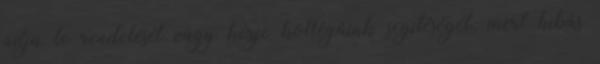
adja le rendelését vagy kérje kollégáink segítéségét, mert hibás